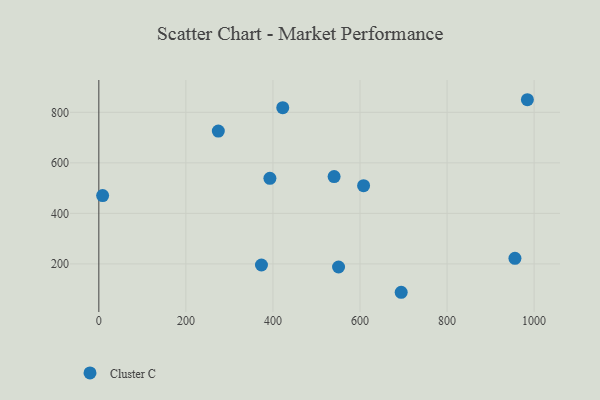
{"axis": {"x": "Experience", "y": "Demand"}, "legend": ["Cluster C"], "data": [{"x": "540.5", "y": 545.5, "type": "Cluster C"}, {"x": "608.2", "y": 509.7, "type": "Cluster C"}, {"x": "694.6", "y": 87.7, "type": "Cluster C"}, {"x": "8.7", "y": 470.3, "type": "Cluster C"}, {"x": "550.7", "y": 187.8, "type": "Cluster C"}, {"x": "373.6", "y": 195.6, "type": "Cluster C"}, {"x": "984.5", "y": 849.8, "type": "Cluster C"}, {"x": "422.5", "y": 818.3, "type": "Cluster C"}, {"x": "274.5", "y": 725.7, "type": "Cluster C"}, {"x": "955.9", "y": 222.2, "type": "Cluster C"}, {"x": "393.0", "y": 538.7, "type": "Cluster C"}]}